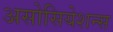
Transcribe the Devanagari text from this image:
असोसियेशन्स